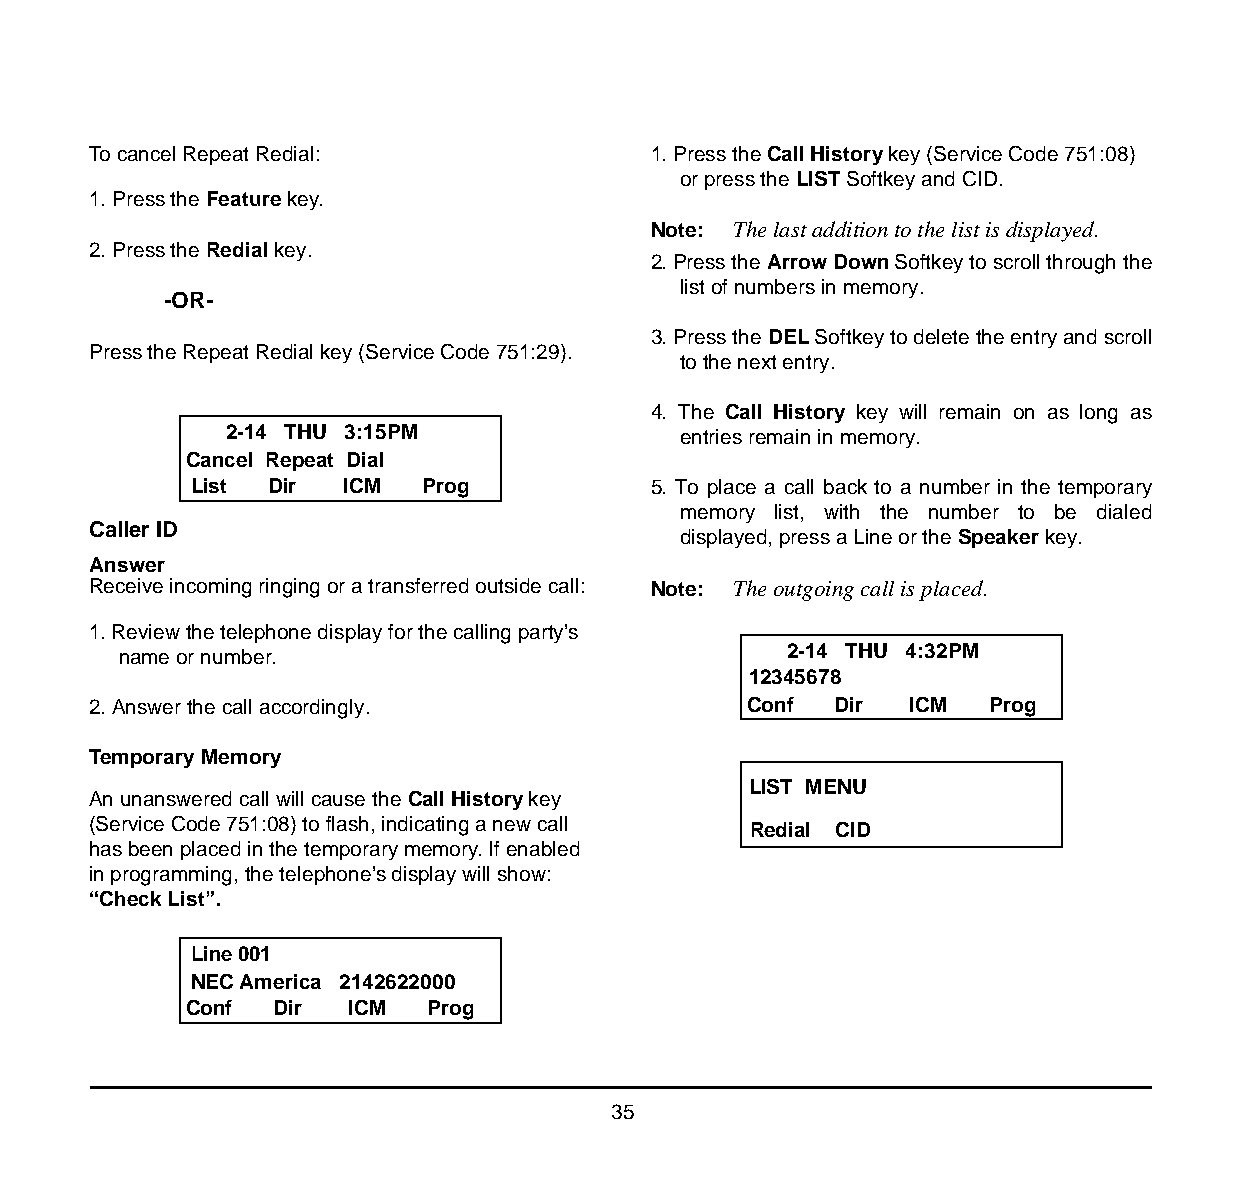
To cancel Repeat Redial:              1. Press the Call History key (Service Code 751:08)
 or press the LIST Softkey and CID.
 1. Press the Feature key.
 Note: The last addition to the list is displayed.
 2. Press the Redial key.
 2. Press the Arrow Down Softkey to scroll through the
 list of numbers in memory.
 -OR-
 3. Press the DEL Softkey to delete the entry and scroll
 Press the Repeat Redial key (Service Code 751:29).
 to the next entry.
 4. The Call History key will remain on as long as
 2-14 THU 3:15PM                entries remain in memory.
 Cancel Repeat Dial
 List Dir  ICM  Prog            5. To place a call back to a number in the temporary
 memory list, with the number to be dialed
 Caller ID
 displayed, press a Line or the Speaker key.
 Answer
 Receive incoming ringing or a transferred outside call: Note: The outgoing call is placed.
 1. Review the telephone display for the calling party’s
 name or number.                              2-14 THU 4:32PM
 12345678
 2. Answer the call accordingly.             Conf  Dir  ICM  Prog
 Temporary Memory
 LIST MENU
 An unanswered call will cause the Call History key
 (Service Code 751:08) to flash, indicating a new call
 Redial CID
 has been placed in the temporary memory. If enabled
 in programming, the telephone’s display will show:
 “Check List”.
 Line 001
 NEC America 2142622000
 Conf  Dir  ICM  Prog
 35